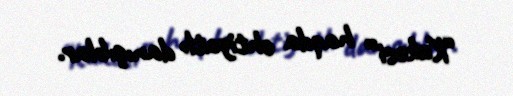
“Kukesi” haqda ehtiyatlı danışıblar.